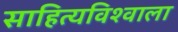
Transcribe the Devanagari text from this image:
साहित्यविश्‍वाला